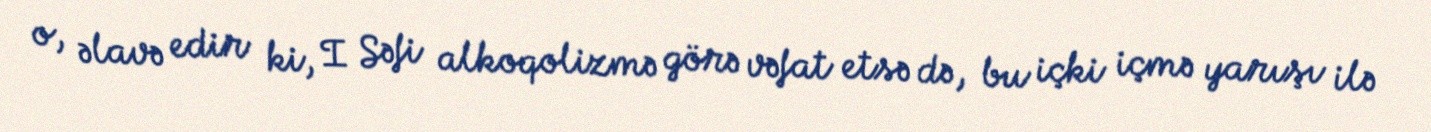
o, əlavə edir ki, I Səfi alkoqolizmə görə vəfat etsə də, bu içki içmə yarışı ilə